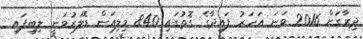
ދިރާގަށް 2016 ވަނަ އަހަރު ފައިދާގެ ގޮތުގައި 840 މިލިއަން ޑޮލަރުވަނީ ލިިބިފައި